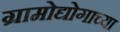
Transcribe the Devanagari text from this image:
ग्रामोद्योगाच्या